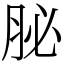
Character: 䏟